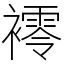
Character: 䙥